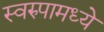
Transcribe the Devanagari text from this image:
स्वरुपामध्ये